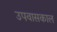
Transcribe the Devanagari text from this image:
उपवासकाल